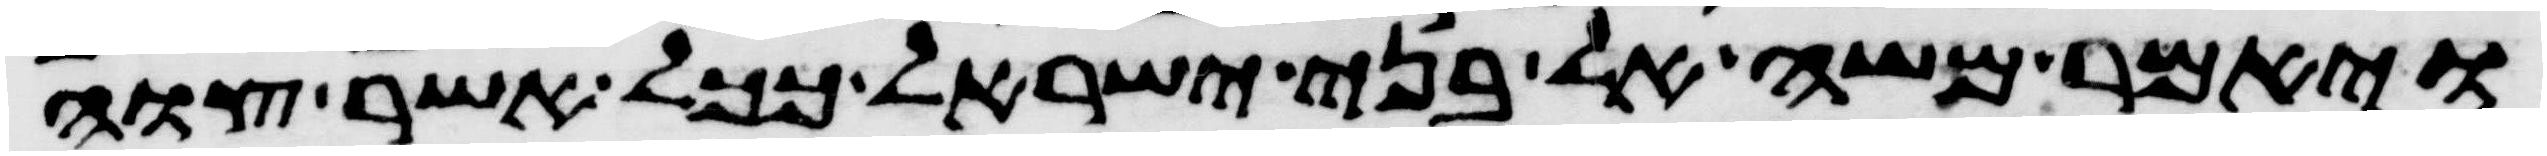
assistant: ויאמר משה אל בני ישראל ככל אשר צוה